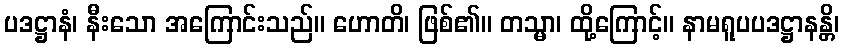
ပဒဋ္ဌာနံ၊ နီးသော အကြောင်းသည်။ ဟောတိ၊ ဖြစ်၏။ တသ္မာ၊ ထို့ကြောင့်။ နာမရူပပဒဋ္ဌာနန္တိ၊